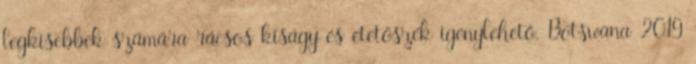
legkisebbek számára rácsos kiságy és etetőszék igénylehető. Botswana 2019